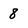
Character: 8